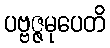
ပဗ္ဗဇ္ဇမုပေတိ